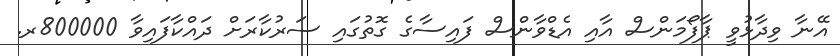
އޭނާ ވިދާޅުވީ ޕާފޯމަންސް އާއި އެޑްވާންސް ފައިސާގެ ގޮތުގައި ސަރުކާރަށް ދައްކާފައިވާ 800000ރ.